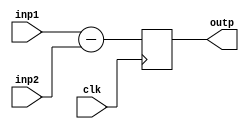
`timescale 1ns / 1ps
//////////////////////////////////////////////////////////////////////////////////
// Company: 
// Engineer: 
// 
// Design Name: 
// Module Name: subt
// Project Name: 
// Target Devices: 
// Tool Versions: 
// Description: 
// 
// Dependencies: 
// 
// Revision:
// Revision 0.01 - File Created
// Additional Comments:
// 
//////////////////////////////////////////////////////////////////////////////////


module subt(inp1,inp2,outp,clk);
input signed [15:0] inp1,inp2;
input clk;
output reg signed[15:0] outp;

always @(posedge clk)
    begin
        outp = inp1 - inp2;
    end
endmodule